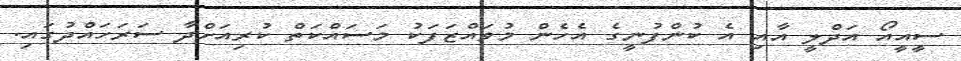
ސީއީއޯ އަދްލީ އާއި އެ ކުންފުނީގެ އެހެން މުވައްޒަފަކު މަސައްކަތް ކުރިއަށްދާ ސަރަހައްދުގައި.